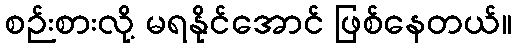
စဉ်းစားလို့ မရနိုင်အောင် ဖြစ်နေတယ်။